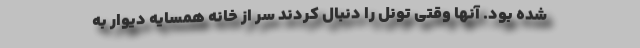
شده بود. آنها وقتی تونل را دنبال کردند سر از خانه همسایه دیوار به